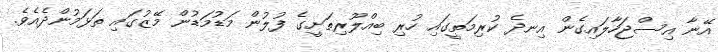
އޭނާ އިސްޖަހާލައިގެން އިނދެ ކުރިމަތީގައި ހުރި ބިއްލޫރިތަށީގެ ފުލުން މަޑުމަޑުން މޭޒުގައި ތަޅަމުންދެއެވެ.